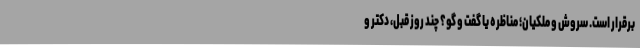
برقرار است. سروش و ملکیان؛ مناظره یا گفت و گو؟ چند روز قبل، دکتر و